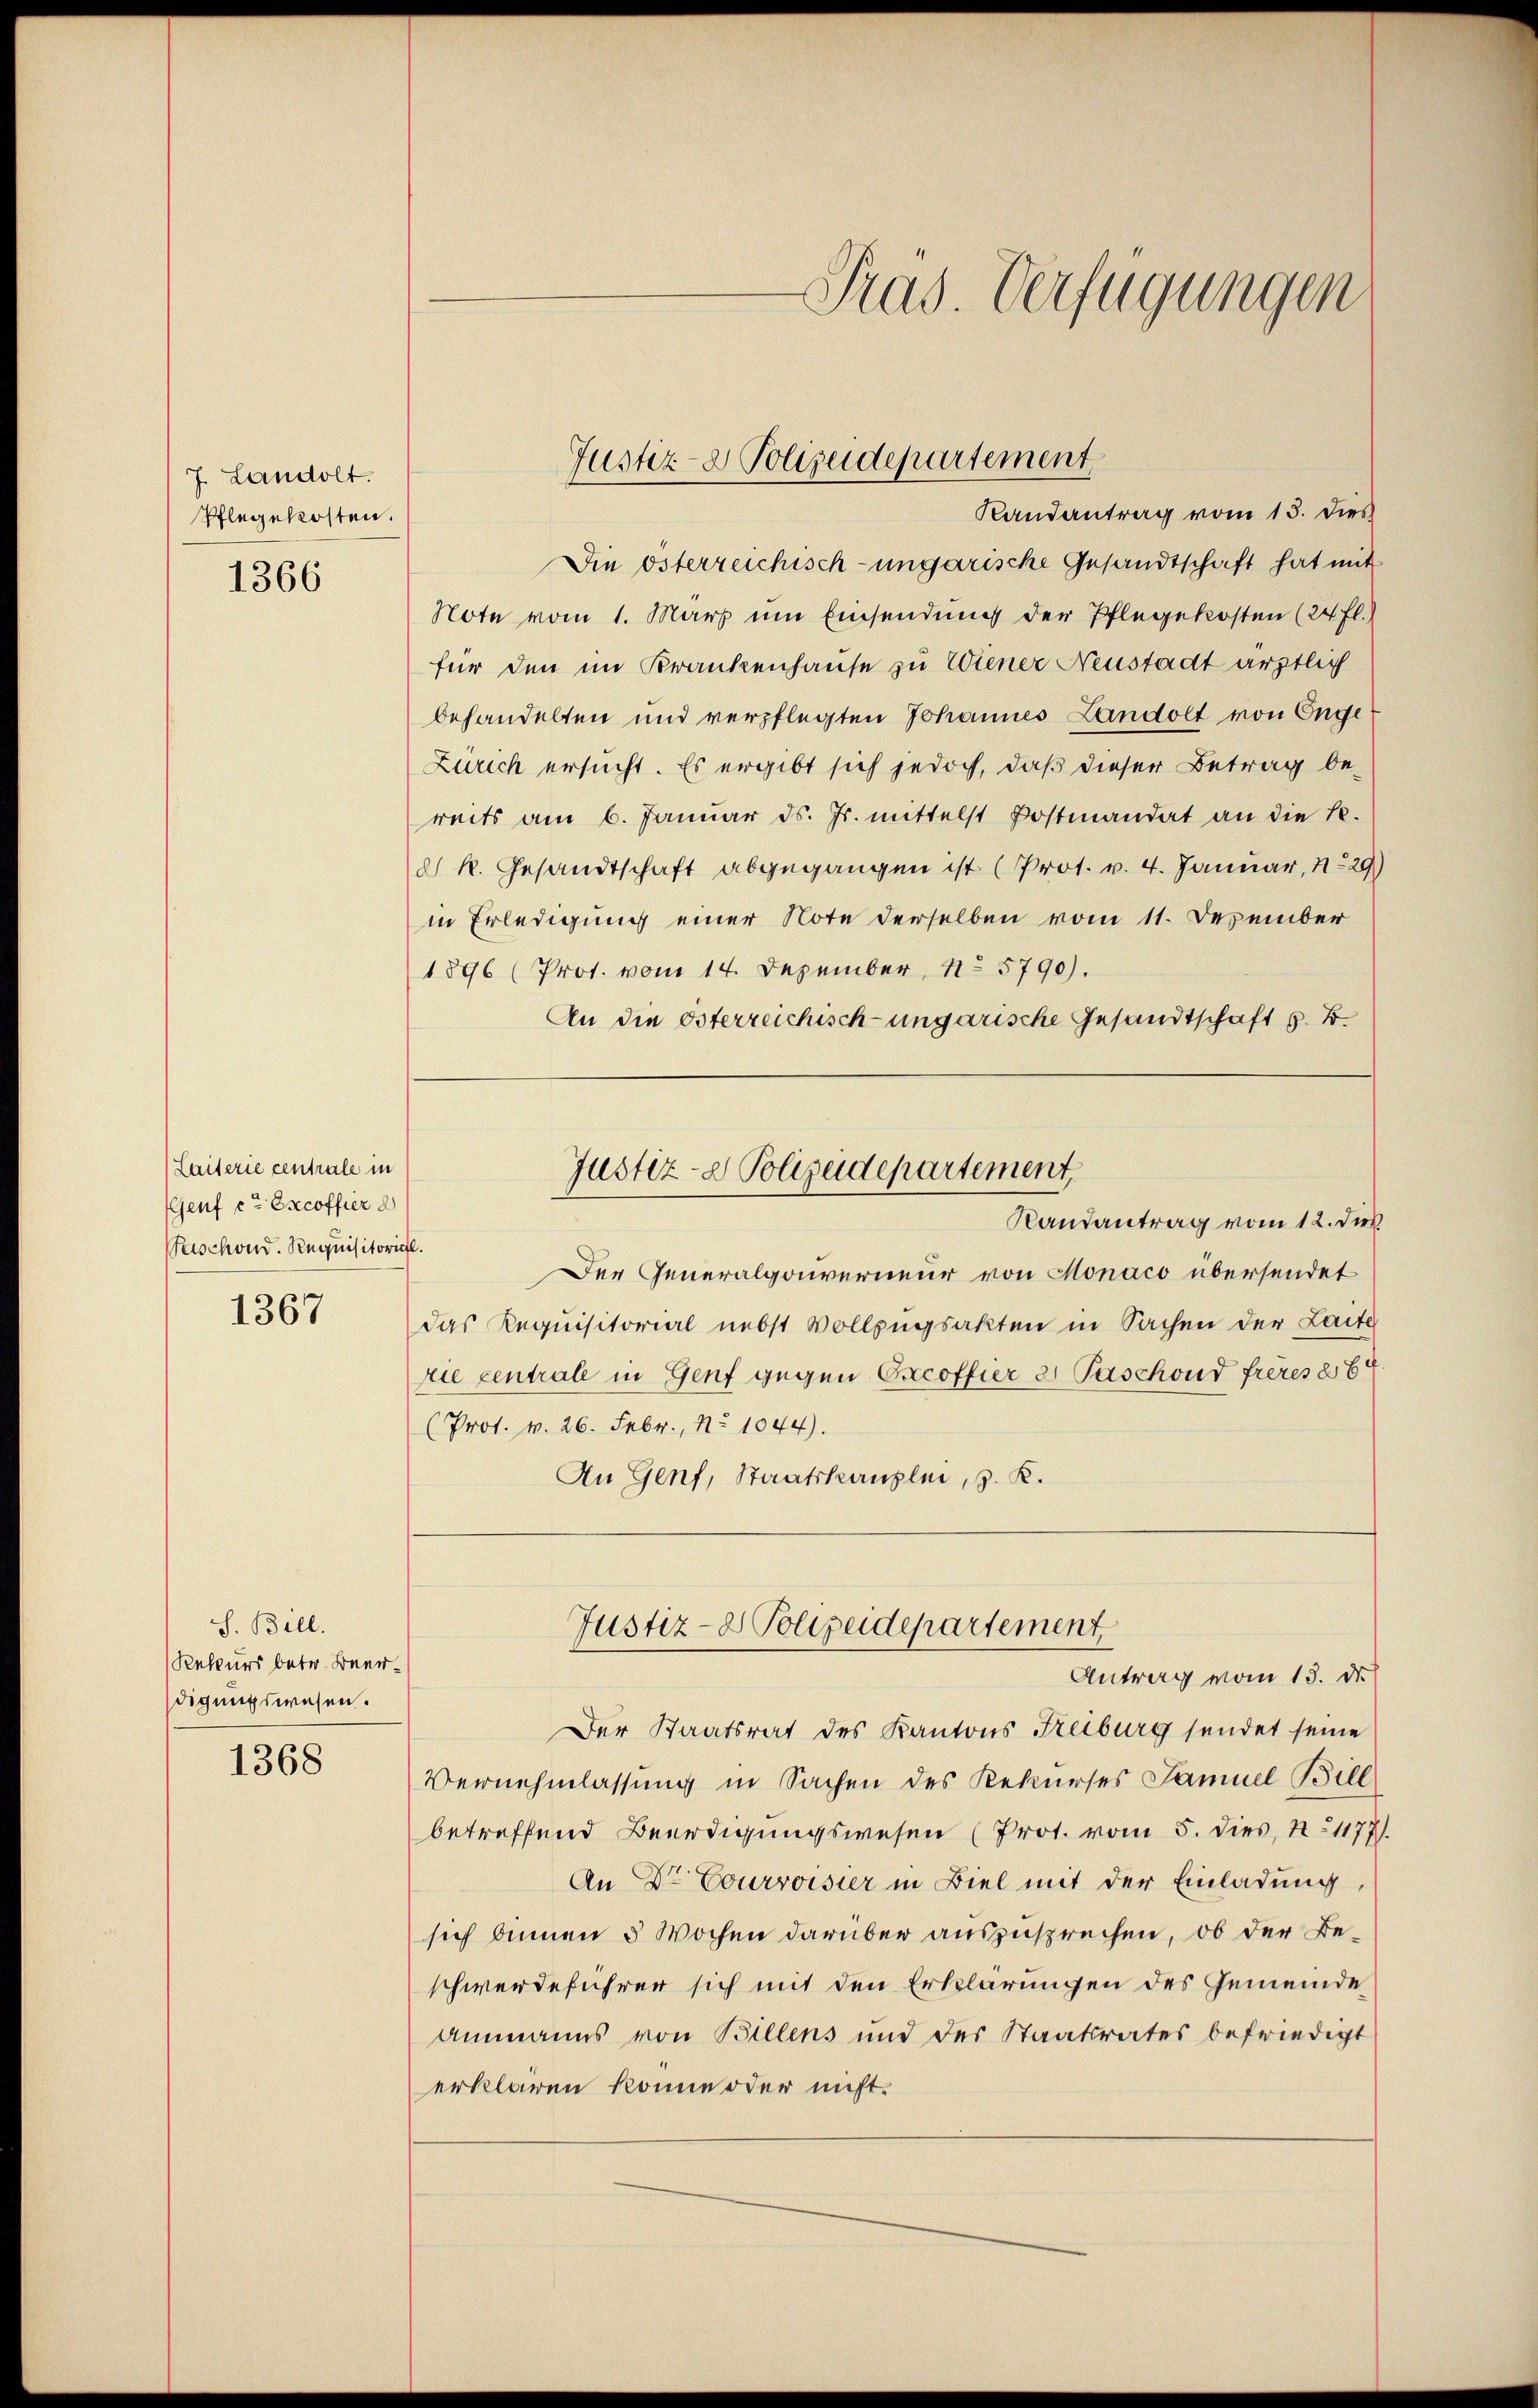
7. Landolt.
Pflegekosten.
1366

(Laiterie centrale in
GGenf et Escoffier d
Teschond. Requisitorial.

1367

S. Bill.
Rekurs betr. Beerdigungswesen.

1368

Pras. Verfügungen

Randantrag vom 13. dies
Die österreichisch-ungarische Gesandtschaft hat mit
Note vom 1. März um Einsendung der Pflegekosten (24 fl.)
für den im Krankenhause zu Wiener Neustadt ärztlich
behandelten und verpflegten Johannes Landolt von Enge
Zürich ersucht. Es ergibt sich jedoch, daß dieser Betrag be-
reits am 6. Januar ds. Js. mittelst Postmandat an die K.
d) R. Gesandtschaft abgegangen ist (Prot. v. 4. Januar, 129)
in Erledigung einer Note derselben vom 11. Dezember
1896 (Prot. vom 14. Dezember, No 5790).
An die Osterreichisch-ungarische Gesandtschaft s. B.
Justiz- & Polizeidepartement
Randantrag vom 12. dieß
Der Generalgouverneur von Monaco übersendet
Das Requisitorial nebst Vollzugsakten in Sachen der Laite
rie zentrale in Genf gegen Excoffier 2 Paschond freies 26
(Prot. v. 26. Febr., No 1044).
An Genf, Staatskanzlei, z. K.

Justiz- & Polizeidepartement

Justiz- & Polizeidepartement
Antrag vom 13. ds.

Der Staatsrat des Kantons Freiburg sendet seine
Vernehmlassung in Sachen des Rekurses Samuel Bill
betreffend Beerdigungswesen (Prot. vom 5. dies, N. 1177).
An Dr Courroisier in Biel mit der Einladung,
sich binnen 5 Wochen darüber auszusprechen, ob der Beschwerdeführer sich mit den Erklärungen des Gemeinde
Ammanns von Billens und des Staatsrates befriedigt
erklären könne oder nicht.